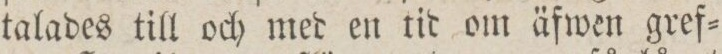
talades till och med en tid om äfwen gref=